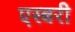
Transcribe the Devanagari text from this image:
एस्बरी